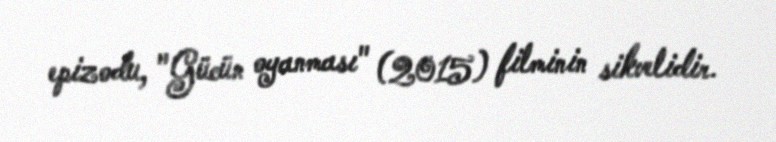
epizodu, "Gücün oyanması" (2015) filminin sikvelidir.